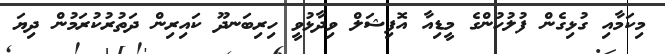
މިކަމާއި ގުޅިގެން ފުލުހުންގެ މީޑިއާ އޮފިޝަލް ވިދާޅުވީ ހިރިބަނދޫ ކައިރިން ދަތުރުކުރަމުން ދިޔަ